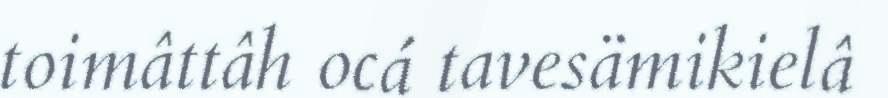
toimâttâh ocá tavesämikielâ